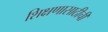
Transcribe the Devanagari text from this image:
शिक्षणासाठीची